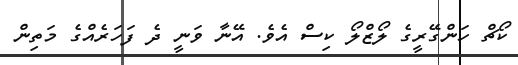
ކޯޗް ހަންގޭރީގެ ލޯޒްލޯ ކިސް އެވެ. އޭނާ ވަނީ ދެ ފަހަރެއްގެ މަތިން